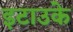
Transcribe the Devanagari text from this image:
इटाउके